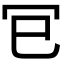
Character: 𭁳